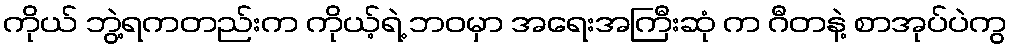
ကိုယ် ဘွဲ့ရကတည်းက ကိုယ့်ရဲ့ ဘဝမှာ အရေးအကြီးဆုံ က ဂီတနဲ့ စာအုပ်ပဲကွ